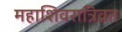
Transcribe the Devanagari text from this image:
महाशिवरात्रिव्रत